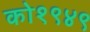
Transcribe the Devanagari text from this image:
को१९४९